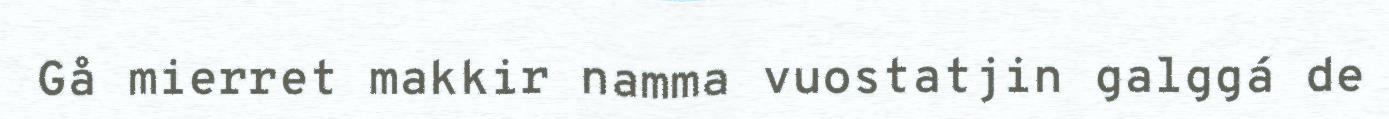
Gå mierret makkir namma vuostatjin galggá de